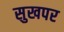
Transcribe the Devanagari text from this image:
सुखपर